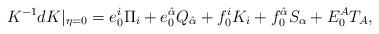
LaTeX: \begin{align*}K^{-1}dK|_{\eta=0}=e^i_0\Pi_i+e^{\hat\alpha}_0Q_{\hat\alpha}+f^i_0K_i+f^{\hat\alpha}_0S_{\alpha}+E^A_0T_A,\end{align*}